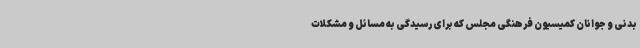
بدنی و جوانان کمیسیون فرهنگی مجلس که برای رسیدگی به مسائل و مشکلات